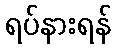
ရပ်နားရန်